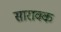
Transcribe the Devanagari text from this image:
सारावक